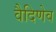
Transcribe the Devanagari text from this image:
वैदिणेव